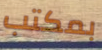
بمكتب